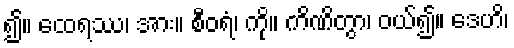
၍။ ထေရဿ၊ အား။ စီဝရံ၊ ကို။ ကိဏိတွာ၊ ဝယ်၍။ ဒေဟိ၊